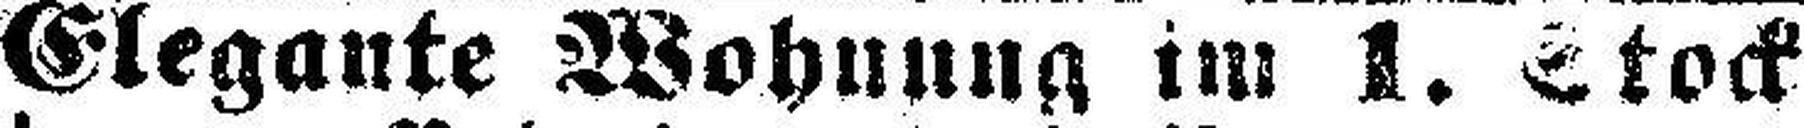
Elegante Wohnung im 1. Stock